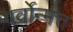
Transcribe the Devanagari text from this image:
गर्वोन्मत्त